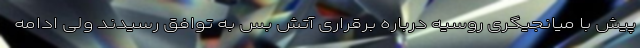
پیش با میانجیگری روسیه درباره برقراری آتش بس به توافق رسیدند ولی ادامه